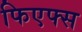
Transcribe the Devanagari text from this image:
फिएफ्स